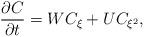
LaTeX: \begin{align*} \frac{\partial C}{\partial t}=WC_{\xi}+UC_{\xi^2}, \end{align*}